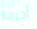
أحزمة